Civil Veterinary Dept. Bombay admin report 1932-41 - 1932-1941
Year: 1932
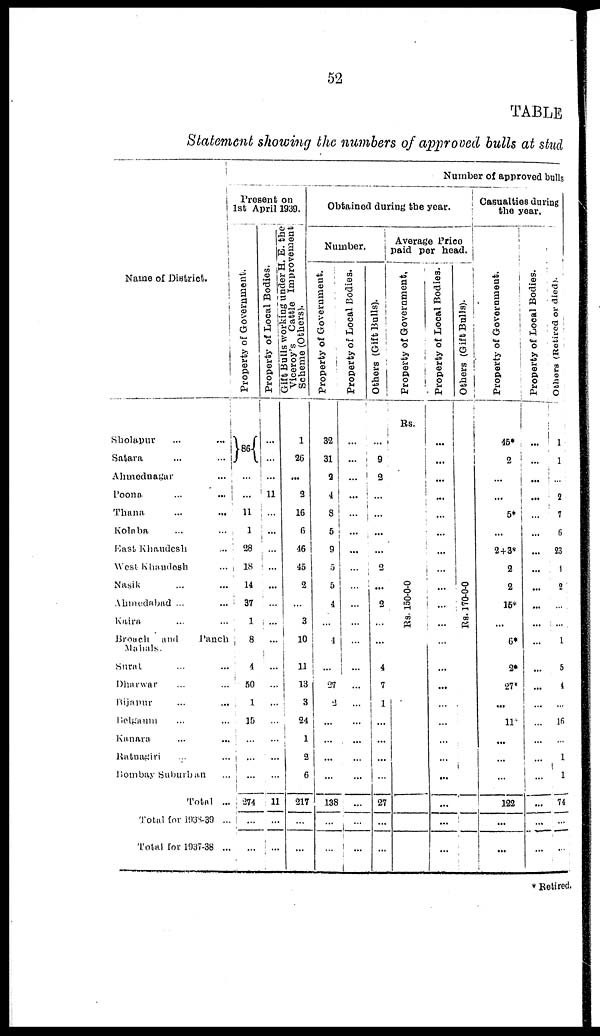
52
TABLE
Statement showing the numbers of approved bulls at stud
Name of District.
Sholapur ... ...
Satara ... ...
Ahmednagar ...
Poona. ... ...
Thana
...
...
Kolaba ... ...
East Khandesh ...
West Khandesh ...
Nasik ... ...
Ahmedabad ... ...
Kaira ... ...
Broach
and
Panch
Mahals.
Surat ... ...
Dharwar ... ...
Bijapur ... ...
Belgaum ... ...
Kanara ... ...
Ratnagiri ... ...
Bombay Suburban ...
Total ...
Total for 1938-39 ...
Total for 1937-38 ...
Number of approved bulls
Present on
1st April 1939.
Property of Government.
86
...
...
11
1
28
18
14
37
1
8
4
50
1
15
...
...
...
274
...
...
Property of Local Bodies.
...
...
...
11
...
...
...
...
...
...
...
...
...
...
...
...
...
...
11
...
...
Gift Bulls working under H. E. the
Viceroy's Cattle Improvement
Scheme (Others).
1
26
...
2
16
6
46
45
2
...
3
10
11
13
3
24
1
2
6
217
...
...
Obtained during the year.
Number.
Property of Government.
32
31
2
4
8
5
9
5
5
4
...
4
...
27
2
...
...
...
...
138
...
...
Property of Local Bodies.
...
...
...
...
...
......
...
...
...
...
...
...
...
...
...
...
...
...
...
...
...
...
Others (Gift Bulls).
...
9
2
...
...
...
...
2
...
2
...
...
4
7
1
...
...
...
...
27
...
...
Average Price
paid per
head.
Property of Government.
Rs.
Rs. 150-0-0
Property of Local Bodies.
...
...
...
...
...
...
...
...
...
...
...
...
...
...
...
...
...
...
...
...
...
...
Others (Gift Bulls).
Rs. 170-0-0
Casualties during
the year.
Property of Government
45*
2
...
...
5*
...
2+3*
2
2
15*
...
6*
2*
27*
...
11*
...
...
122
...
...
Pr oper t
y of Local Bodie
...
...
...
...
...
...
...
...
...
...
...
... ...
...
...
...
...
...
...
Ot he r
s ( Re t i r e d or di ed) .
1
1
...
2
7
6
23
4
2
...
...
1
5
4
...
16
...
1
1
74
...
...
* Retired.